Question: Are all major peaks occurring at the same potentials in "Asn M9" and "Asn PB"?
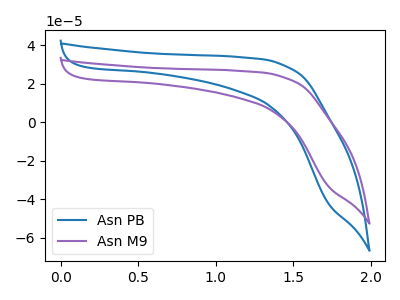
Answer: <think>The blue curve "Asn PB" has no peaks. The purple curve "Asn M9" has no peaks.</think>
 <answer>Niether CV has any peaks.</answer>
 <eval>blanks</eval>